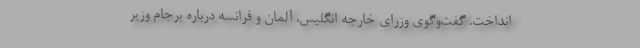
انداخت. گفت‌وگوی وزرای خارجه انگلیس، آلمان و فرانسه درباره برجام وزیر